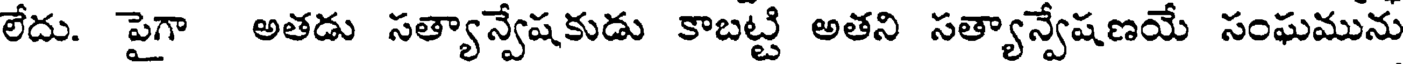
లేదు. పైగా అతడు సత్యాన్వేషకుడు కాబట్టి అతని సత్యాన్వేషణయే సంఘమును